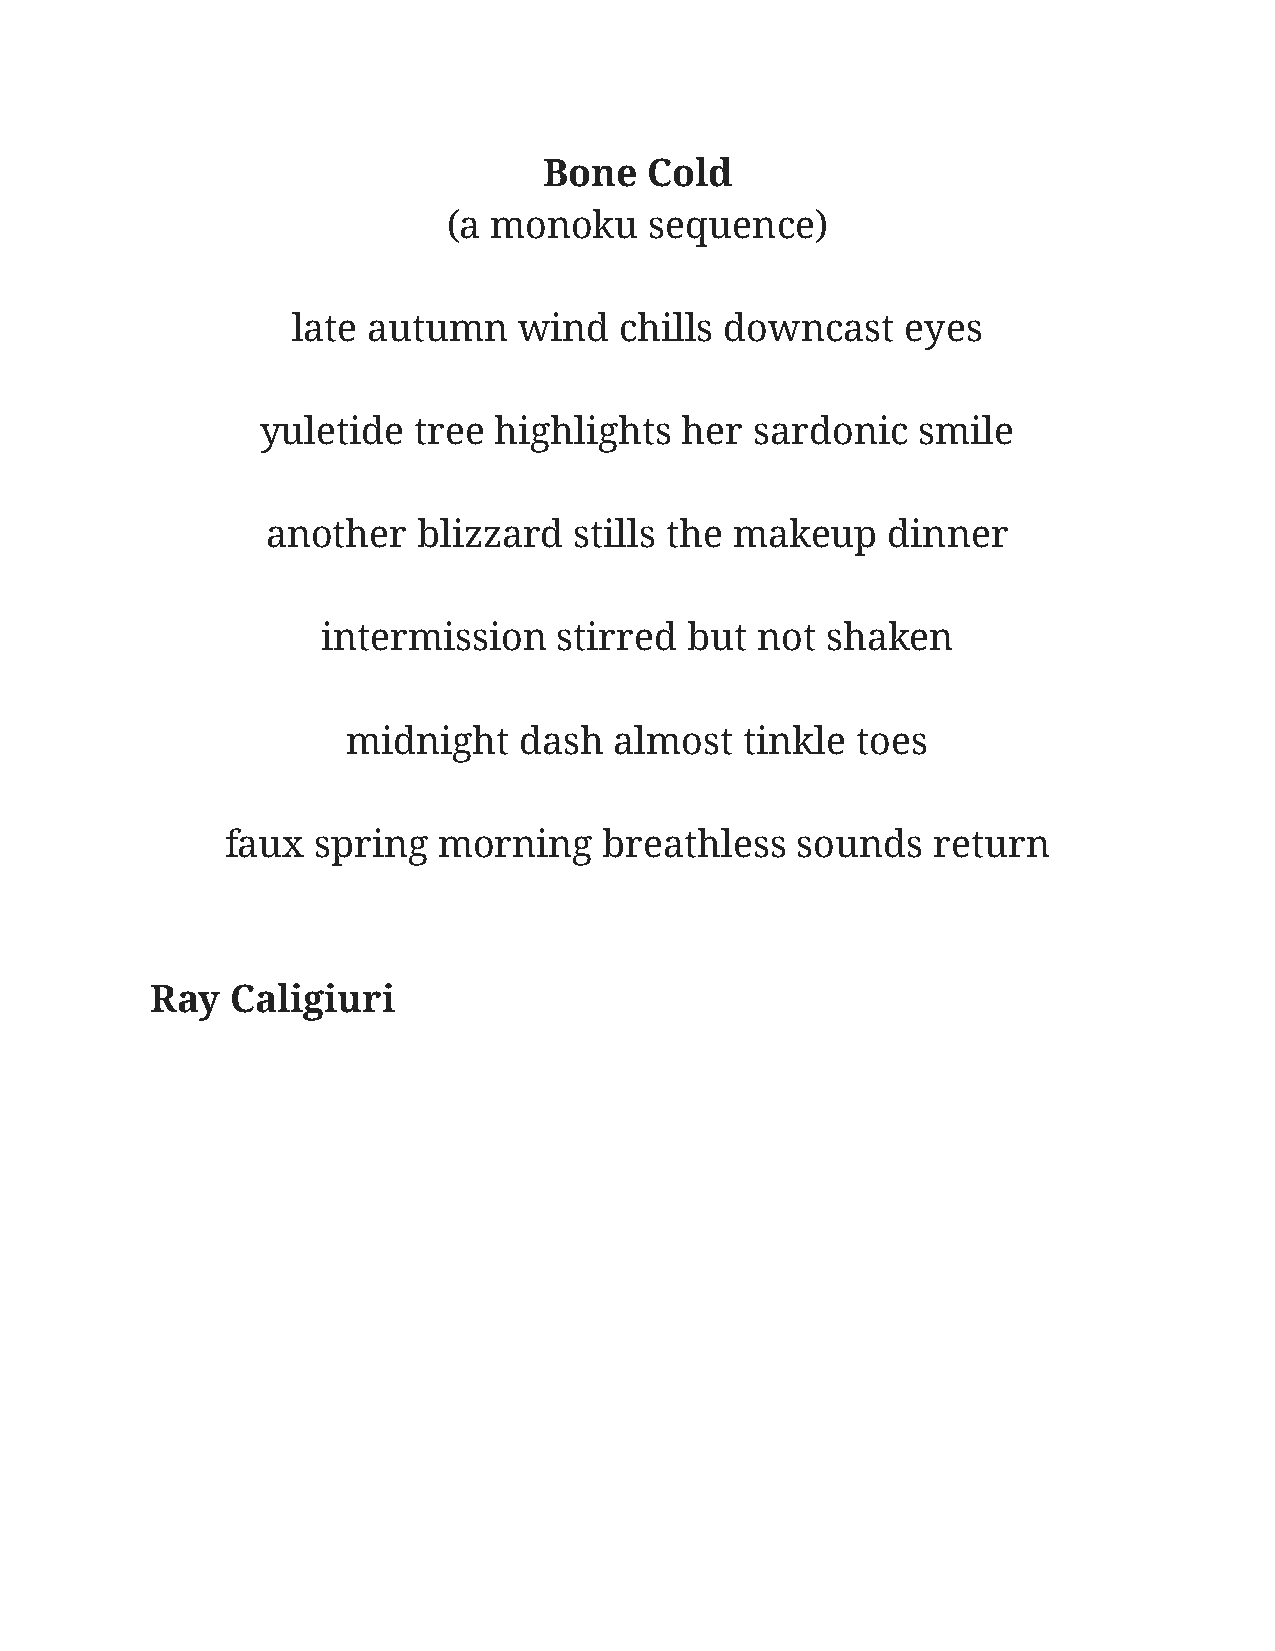
Bone   Cold
 (a monoku    sequence)
 late autumn    wind   chills downcast    eyes
 yuletide  tree  highlights  her  sardonic   smile
 another   blizzard  stills the makeup    dinner
 intermission    stirred  but not  shaken
 midnight   dash   almost  tinkle  toes
 faux  spring  morning    breathless   sounds   return
 Ray  Caligiuri